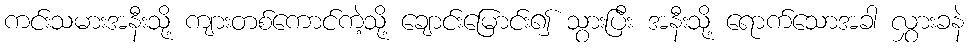
ကင်းသမားအနီးသို့ ကျားတစ်ကောင်ကဲ့သို့ ချောင်းမြောင်း၍ သွားပြီး အနီးသို့ ရောက်သောအခါ လွှားခနဲ